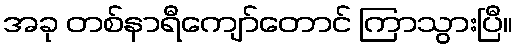
အခု တစ်နာရီကျော်တောင် ကြာသွားပြီ။